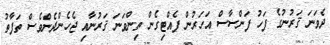
ދެވަނަ ޤަރުނުގެ ފަހު ފަންސާސް އަހަރުން ފެއްޓިގެން ތިންވަނަ ޤަރުނާއި ޖެހެންދެންވެސް ތަފާތު